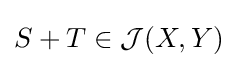
S+T\in {\mathcal {J}}(X,Y)